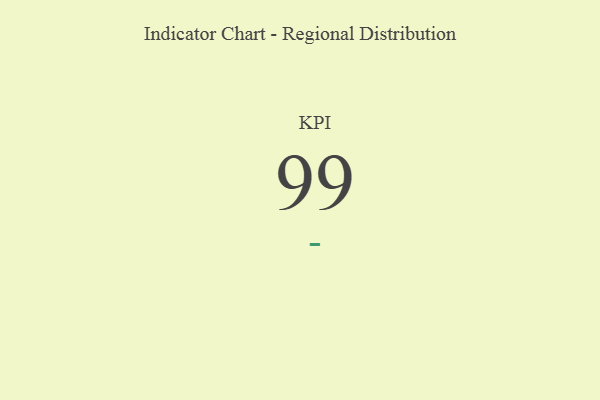
{"axis": {"x": "KPI", "y": "Value"}, "legend": [""], "data": [{"x": "KPI", "y": 99, "type": ""}]}